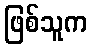
ဖြစ်သူက